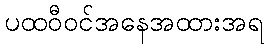
ပထဝီဝင်အနေအထားအရ